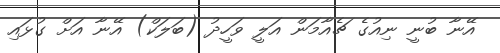
އޭނާ ބުނީ ނިއުގެ ޗެއާމަން އަލީ ވަހީދު (ބަލަކް) އޭނާ އަށް ގުޅައި